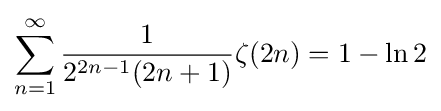
\sum _{n=1}^{\infty }{\frac {1}{2^{2n-1}(2n+1)}}\zeta (2n)=1-\ln 2